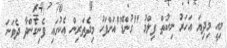
މިއީ މިދިޔަ އަހަރު ނިކުތް ފިލްމު "ގުންޑޭ"އަށްފަހު މިދެތަރިން އެކުގައި ފެނިގެންދާ ދެވަނަ